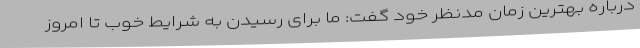
درباره بهترین زمان مدنظر خود گفت: ما برای رسیدن به شرایط خوب تا امروز